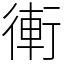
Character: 䡓